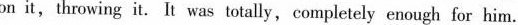
on it,throwing it.It was totally,completely enough for him.